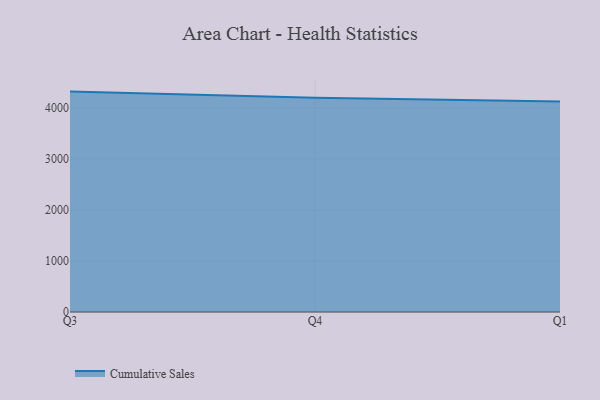
{"axis": {"x": "Quarter", "y": "Production Output"}, "legend": ["Cumulative Sales"], "data": [{"x": "Q3", "y": 4320.9, "type": "Cumulative Sales"}, {"x": "Q4", "y": 4198.6, "type": "Cumulative Sales"}, {"x": "Q1", "y": 4127.0, "type": "Cumulative Sales"}]}